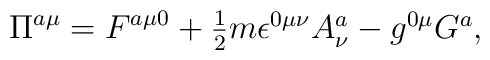
\Pi^{a\mu} = F^{a\mu 0} +\textstyle{\frac{1}{2}}m\epsilon^{0\mu\nu}A_{\nu}^{a}-g^{0\mu}G^{a},